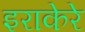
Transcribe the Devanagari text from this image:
इराकेरे